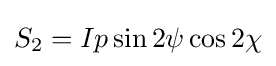
S_{2}=Ip\sin 2\psi \cos 2\chi